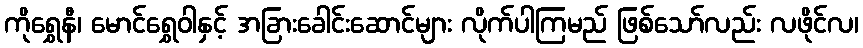
ကိုရွှေနီ၊ မောင်ရွှေဝါနှင့် အခြားခေါင်းဆောင်များ လိုက်ပါကြမည် ဖြစ်သော်လည်း လဖိုင်လ၊